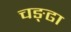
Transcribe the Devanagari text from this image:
चङ्ढा